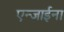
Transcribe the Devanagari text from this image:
एन्जाईना